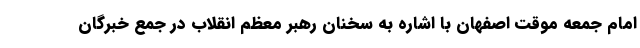
امام جمعه موقت اصفهان با اشاره به سخنان رهبر معظم انقلاب در جمع خبرگان